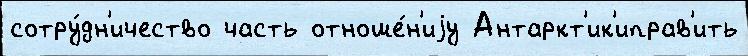
сотру́дн'ичество часть отноше́н'иjу Антаркт'ик'иправ'ить